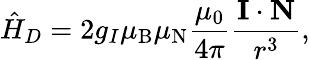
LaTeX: {\hat{H}}_{D}=2g_{I}\mu_{\mathrm{B}}\mu_{\mathrm{N}}{\frac{\mu_{0}}{4\pi}}{\frac{\mathbf{I}\cdot\mathbf{N}}{r^{3}}},